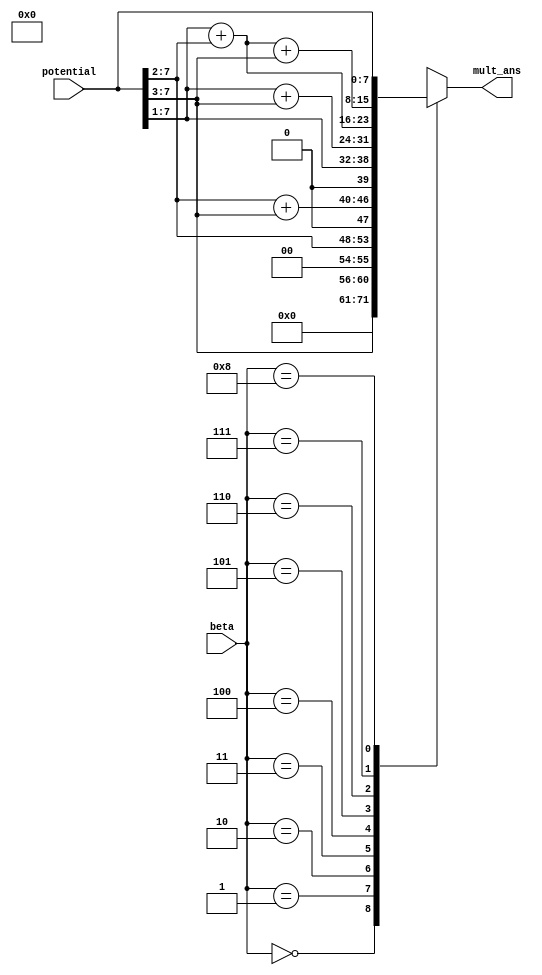
`default_nettype none
`timescale 1ns/1ns

module shift_add_mult (
    input wire [3:0] beta,
	input wire [7:0] potential,
    output reg [7:0] mult_ans
    );

    always @(*) begin
        case (beta)
            4'd0:   mult_ans <= 0;
            4'd1:   mult_ans <= potential >> 3;
            4'd2:   mult_ans <= potential >> 2;
            4'd3:   mult_ans <= (potential >> 2) + (potential >> 3);
            4'd4:   mult_ans <= (potential >> 1);
            4'd5:   mult_ans <= (potential >> 1) + (potential >> 3);
            4'd6:   mult_ans <= (potential >> 1) + (potential >> 2);
            4'd7:   mult_ans <= (potential >> 1) + (potential >> 2) + (potential >> 3);
            4'd8:   mult_ans <= potential;
            default:    mult_ans <= 4'bx;
        endcase
    end

    `ifdef COCOTB_SIM
    initial begin
    $dumpfile ("shift_add_mult.vcd");
    $dumpvars (0, shift_add_mult);
    #1;
    end
    `endif

endmodule